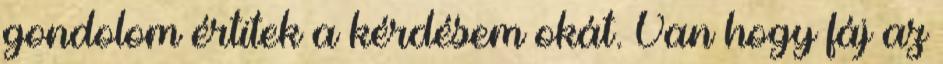
gondolom értitek a kérdésem okát. Van hogy fáj az